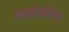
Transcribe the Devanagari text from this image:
भगवानविष्णु